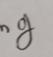
Signature authenticity: genuine